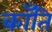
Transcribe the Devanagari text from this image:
काँति